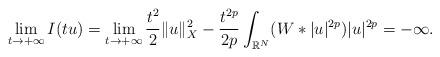
LaTeX: \begin{align*}\lim_{t \to +\infty} I(tu) = \lim_{t \to +\infty} \frac{t^2}{2} \|u\|_X^2 - \frac{t^{2p}}{2p} \int_{\mathbb{R}^N} (W*|u|^{2p})|u|^{2p} = -\infty.\end{align*}